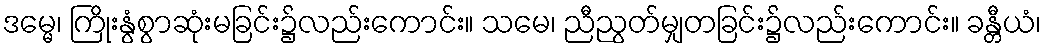
ဒမ္မေ၊ ကြိုးနွံစွာဆုံးမခြင်း၌လည်းကောင်း။ သမေ၊ ညီညွတ်မျှတခြင်း၌လည်းကောင်း။ ခန္တီယံ၊